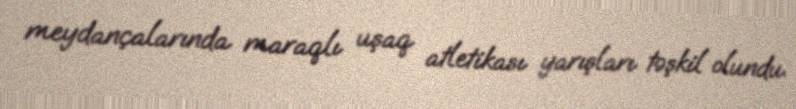
meydançalarında maraqlı uşaq atletikası yarışları təşkil olundu.